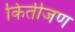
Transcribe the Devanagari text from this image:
कितीजण